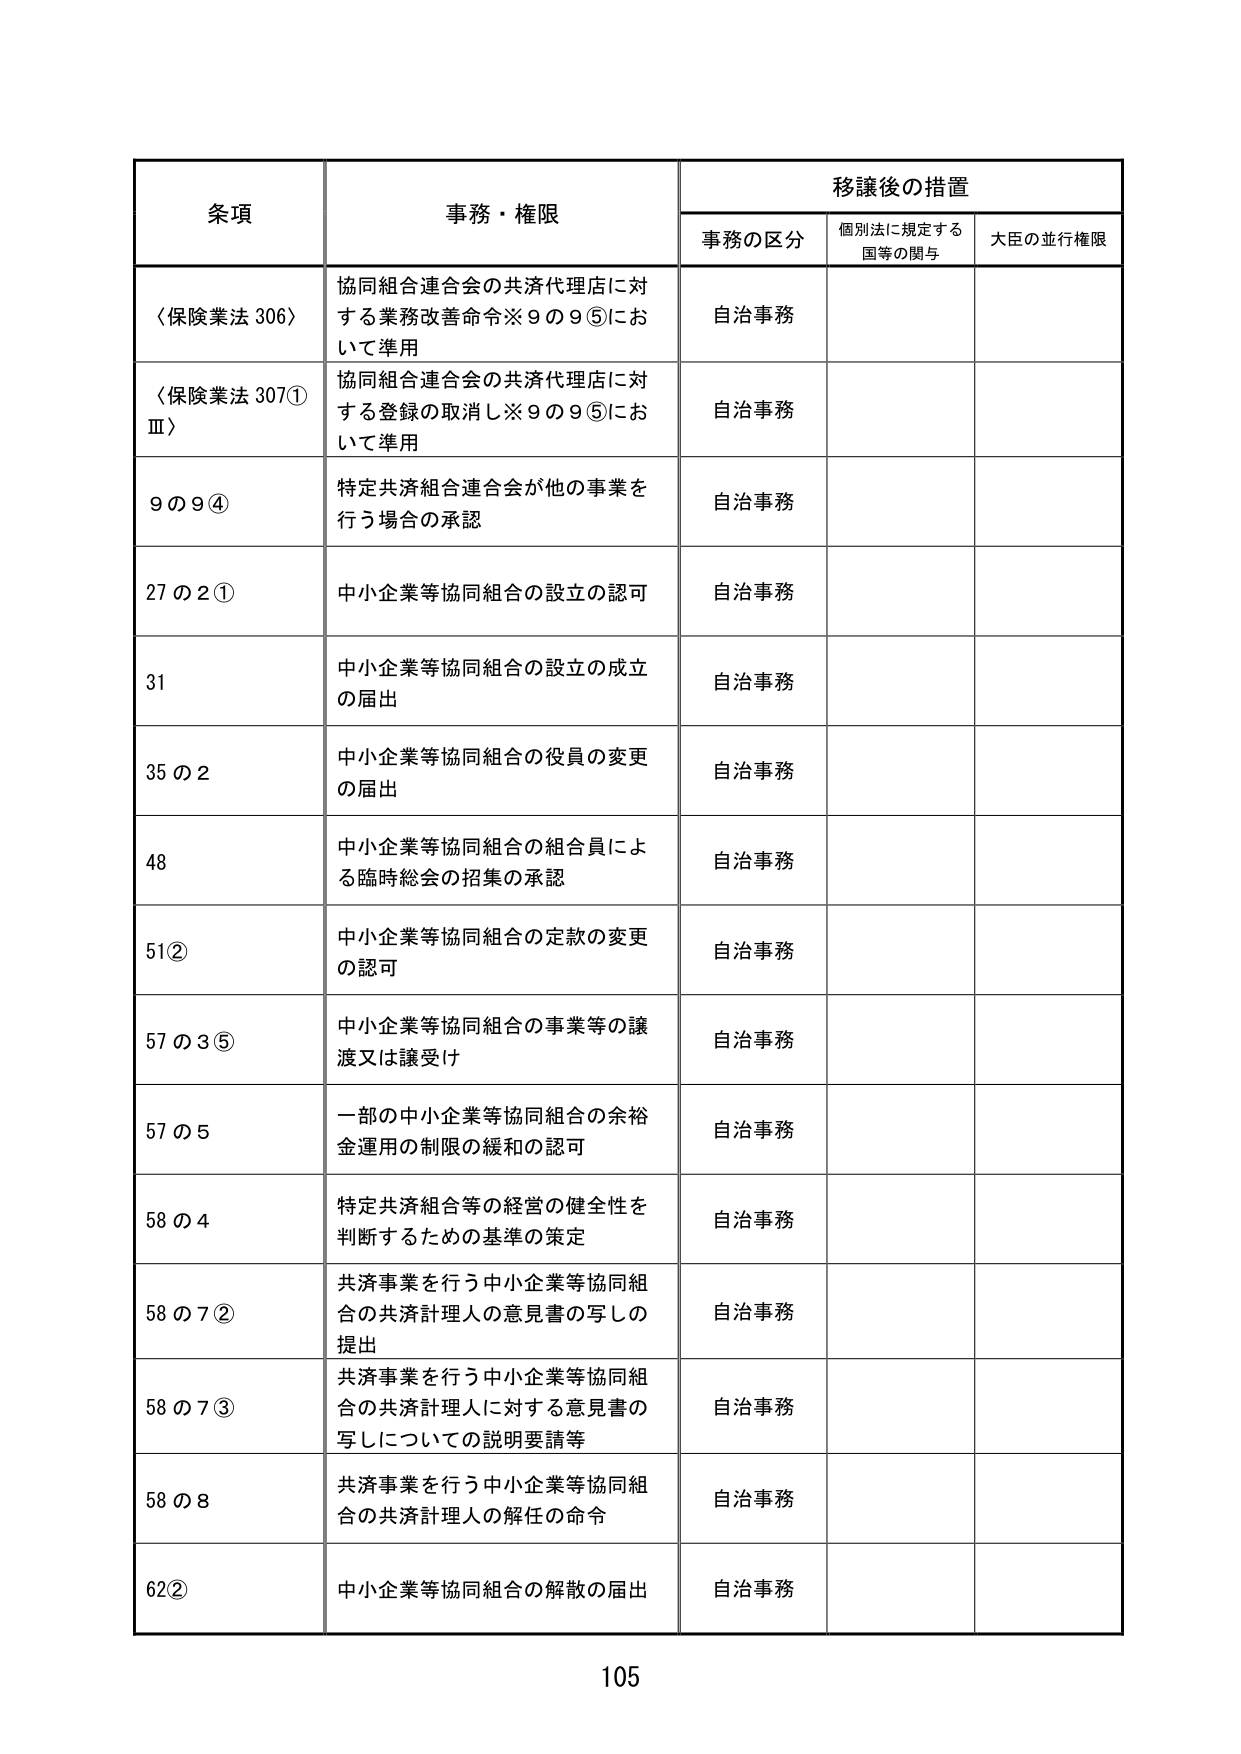
条項 事務・権限 移譲後の措置
事務の区分 個別法に規定する 国等の関与 大臣の並行権限
〈保険業法 306〉 協同組合連合会の共済代理店に対 する業務改善命令※９の９⑤にお いて準用 自治事務
〈保険業法 307① Ⅲ〉 協同組合連合会の共済代理店に対 する登録の取消し※９の９⑤にお いて準用 自治事務
９の９④ 特定共済組合連合会が他の事業を 行う場合の承認 自治事務
27の2① 中小企業等協同組合の設立の認可 自治事務
31 中小企業等協同組合の設立の成立 の届出 自治事務
35の2 中小企業等協同組合の役員の変更 の届出 自治事務
48 中小企業等協同組合の組合員によ る臨時総会の招集の承認 自治事務
51② 中小企業等協同組合の定款の変更 の認可 自治事務
57の3⑤ 中小企業等協同組合の事業等の譲 渡又は譲受け 自治事務
57の5 一部の中小企業等協同組合の余裕 金運用の制限の緩和の認可 自治事務
58の4 特定共済組合等の経営の健全性を 判断するための基準の策定 自治事務
58の7② 共済事業を行う中小企業等協同組 合の共済計理人の意見書の写しの 提出 自治事務
58の7③ 共済事業を行う中小企業等協同組 合の共済計理人に対する意見書の 写しについての説明要請等 自治事務
58の8 共済事業を行う中小企業等協同組 合の共済計理人の解任の命令 自治事務
62② 中小企業等協同組合の解散の届出 自治事務
105